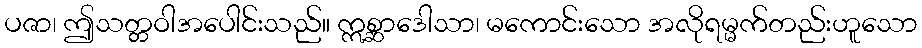
ပဇာ၊ ဤသတ္တဝါအပေါင်းသည်။ ဣစ္ဆာဒေါသာ၊ မကောင်းသော အလိုရမ္မက်တည်းဟူသော